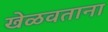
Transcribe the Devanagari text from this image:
खेळवताना